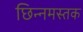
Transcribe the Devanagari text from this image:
छिन्नमस्तक